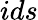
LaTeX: ids